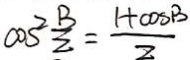
\cos ^ { 2 } \frac { B } { 2 } = \frac { 1 + \cos B } { 2 }